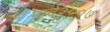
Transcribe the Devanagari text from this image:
मार्च२००७